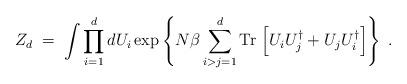
LaTeX: \begin{align*}Z_d\;=\; \int \prod_{i=1}^d d U_i\exp \left\{ N\beta \sum_{i>j=1}^d{\rm Tr} \, \left[ U_i U^\dagger_j + U_j U_i^\dagger\right]\right\}\;.\end{align*}